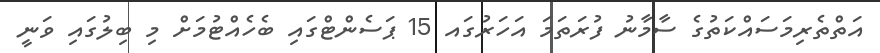
އަތްތެރިމަސައްކަތުގެ ސާމާނު ފުރަތަމަ އަހަރުގައ 15 ޕަސެންޓްގައި ބެހެއްޓުމަށް މި ބިލުގައި ވަނީ